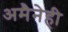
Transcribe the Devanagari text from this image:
अमैनेही